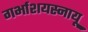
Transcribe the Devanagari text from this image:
गर्भाशयस्नायू